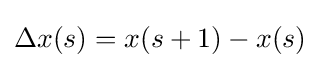
\Delta x(s)=x(s+1)-x(s)